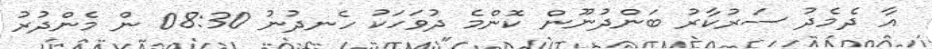
އާ ދެމެދު ސަރުކާރު ބަންދުނޫން ކޮންމެ ދުވަހަކު ހެނދުނު 08:30 ން މެންދުރު